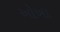
ઓખા